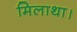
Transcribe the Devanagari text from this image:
मिलाथा।